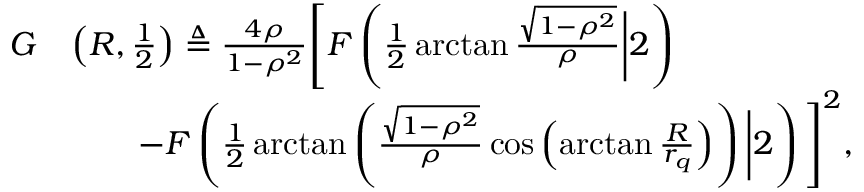
\begin{array} { r l } { G } & { \left( R , \frac 1 2 \right) \triangleq \frac { 4 \rho } { 1 - \rho ^ { 2 } } \Bigg [ F \left( \frac 1 2 \arctan \frac { \sqrt { 1 - \rho ^ { 2 } } } { \rho } \bigg | 2 \right) } \\ & { \qquad - F \left( \frac 1 2 \arctan \left( \frac { \sqrt { 1 - \rho ^ { 2 } } } { \rho } \cos \left( \arctan \frac { R } { r _ { q } } \right) \right) \bigg | 2 \right) \Bigg ] ^ { 2 } , } \end{array}